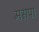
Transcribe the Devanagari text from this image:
मसपा